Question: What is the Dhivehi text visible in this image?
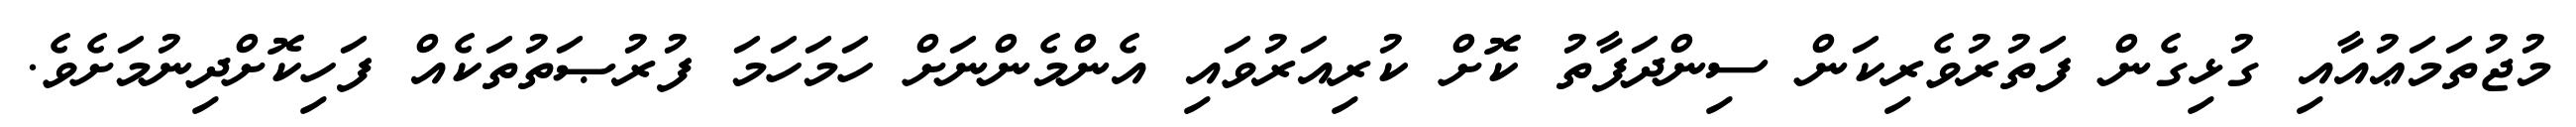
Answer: މުޖުތަމަޢުއާއި ގުޅިގެން ފަތުރުވެރިކަން ސިންދަފާތު ކޮށް ކުރިއަރުވައި އެންމެންނަށް ހަމަހަމަ ފުރުޞަތުތަކެއް ފަހިކޮށްދިނުމަށެވެ.